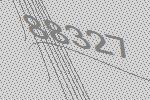
88327